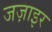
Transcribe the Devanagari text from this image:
जज़ाइर